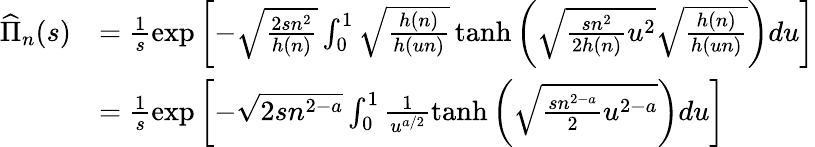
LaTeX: \begin{array}{rl}{\widehat{\Pi}_{n}(s)}&{=\frac{1}{s}\exp\left[-\sqrt{\frac{2sn^{2}}{h(n)}}\int_{0}^{1}\sqrt{\frac{h(n)}{h(un)}}\operatorname{tanh}\left(\sqrt{\frac{sn^{2}}{2h(n)}u^{2}}\sqrt{\frac{h(n)}{h(un)}}\right)du\right]}\\ &{=\frac{1}{s}\exp\left[-\sqrt{2sn^{2-a}}\int_{0}^{1}\frac{1}{u^{a/2}}\operatorname{tanh}\left(\sqrt{\frac{sn^{2-a}}{2}u^{2-a}}\right)du\right]}\end{array}